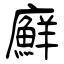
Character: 廯